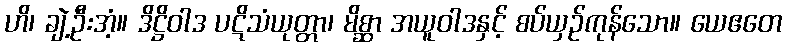
ဟိ၊ ချဲ့ဦးအံ့။ ဒိဋ္ဌိဝါဒ ပဋိသံယုတ္တာ၊ မိစ္ဆာ အယူဝါဒနှင့် စပ်ယှဉ်ကုန်သော။ ယေဧတေ